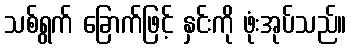
သစ်ရွက် ခြောက်ဖြင့် နှင်းကို ဖုံးအုပ်သည်။